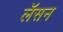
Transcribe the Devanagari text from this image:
लॅसन